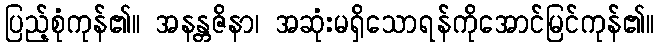
ပြည့်စုံကုန်၏။ အနန္တဇိနာ၊ အဆုံးမရှိသောရန်ကိုအောင်မြင်ကုန်၏။